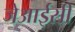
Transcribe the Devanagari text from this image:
जेआईसी